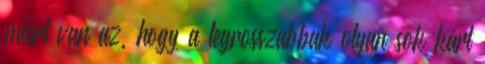
miért van az, hogy a legrosszabbak olyan sok kárt